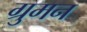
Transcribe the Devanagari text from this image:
ग्रुमन